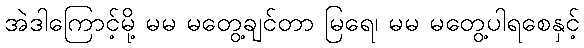
အဲဒါကြောင့်မို့ မမ မတွေ့ချင်တာ မြရေ၊ မမ မတွေ့ပါရစေနှင့်